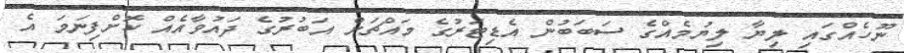
ނޫހެއްގައި ލިޔާ ލިޔުމެއްގެ ސަބަބުން އެޑިޓަރުގެ މައްޗަށް އަބުރުގެ ދައުވާއެއް ކޮށްފިނަމަ އެ